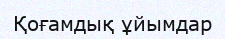
Қоғамдық ұйымдар